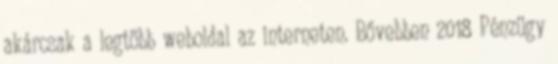
akárcsak a legtöbb weboldal az interneten. Bővebben 2018 Pénzügy